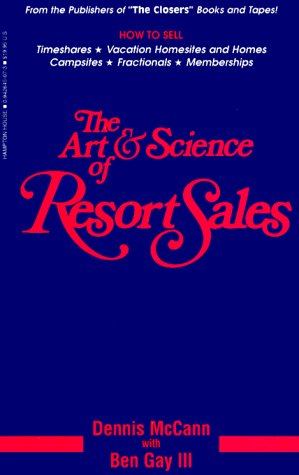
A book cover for The Art and Science of Resort Sales; Dennis McCann; Business & Money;